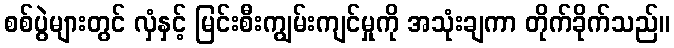
စစ်ပွဲများတွင် လှံနှင့် မြင်းစီးကျွမ်းကျင်မှုကို အသုံးချကာ တိုက်ခိုက်သည်။